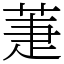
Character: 萐